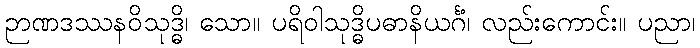
ဉာဏဒဿနဝိသုဒ္ဓိ၊ သော။ ပရိဝါသုဒ္ဓိပဓာနိယင်္ဂံ၊ လည်းကောင်း။ ပညာ၊